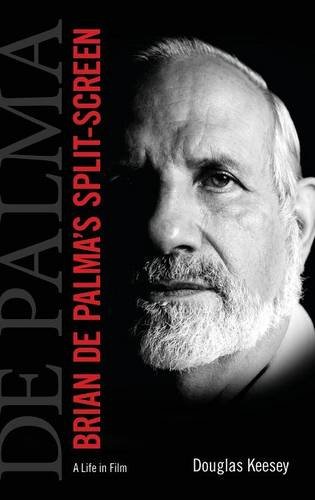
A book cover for Brian De Palma's Split-Screen: A Life in Film; Douglas Keesey; Humor & Entertainment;